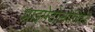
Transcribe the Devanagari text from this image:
प्राइमेटोलोजिस्ट